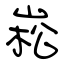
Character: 崧